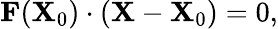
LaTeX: \mathbf{F}(\mathbf{X}_{0})\cdot\left(\mathbf{X}-\mathbf{X}_{0}\right)=0,